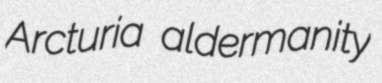
Arcturia aldermanity